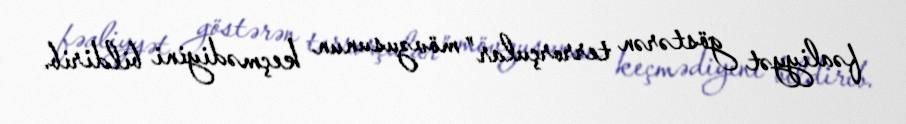
fəaliyyət göstərən terrorçular” mövzusunun keçmədiyini bildirib.